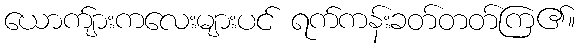
ယောက်ျားကလေးများပင် ရက်ကန်းခတ်တတ်ကြ၏။